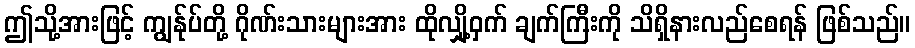
ဤသို့အားဖြင့် ကျွန်ုပ်တို့ ဂိုဏ်းသားများအား ထိုလျှို့ဝှက် ချက်ကြီးကို သိရှိနားလည်စေရန် ဖြစ်သည်။